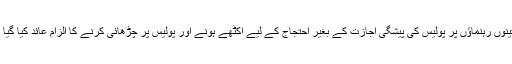
ان تینوں رہنماؤں پر پولیس کی پیشگی اجازت کے بغیر احتجاج کے لیے اکٹھے ہونے اور پولیس پر چڑھائی کرنے کا الزام عائد کیا گیا تھا۔